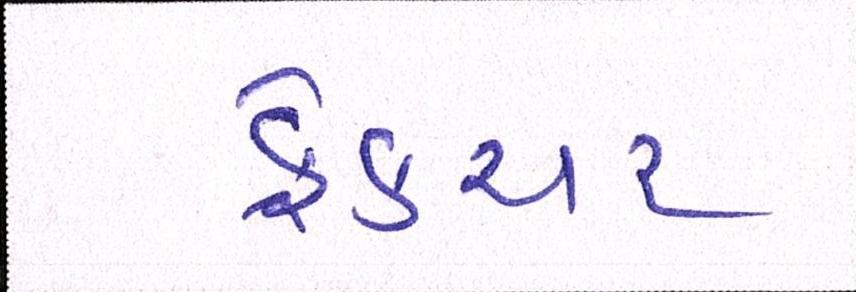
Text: ફ્રેક્ચર